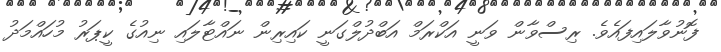
ފޮނުވާލައިފައެވެ. ރިސްވާން ވަނީ އަކްރަމް އަބްދުލްގަނީ ކައިރިން ނައްޓާލައި ނިއުގެ ކީޕަރު މުހައްމަދު